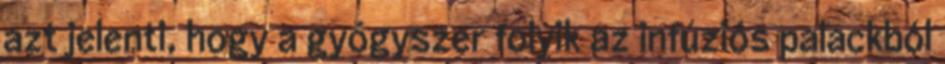
azt jelenti, hogy a gyógyszer folyik az infúziós palackból